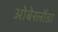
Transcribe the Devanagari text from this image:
ओबेरलौडा